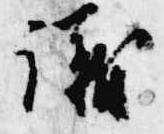
議